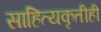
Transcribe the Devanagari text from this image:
साहित्यकृतीही